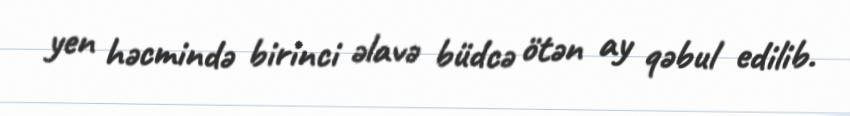
yen həcmində birinci əlavə büdcə ötən ay qəbul edilib.